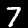
Digit: 7